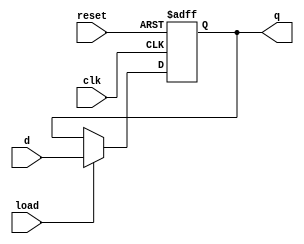
module register_5bit(clk, reset, load, d, q);

	input clk, reset, load;
	input  [4:0] d;
	output reg [4:0] q;
	
	
	always @(posedge clk or negedge reset) begin
		if(~reset)
			q <= 0;
		else
			if(load)
				q <= d;
	end

endmodule